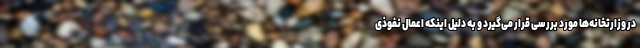
در وزارتخانه‌ها مورد بررسی قرار می‌گیرد و‌ به دلیل اینکه اعمال نفوذی